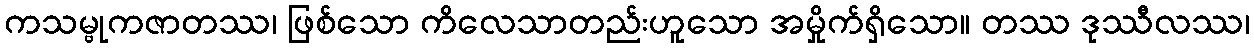
ကသမ္ဗုကဇာတဿ၊ ဖြစ်သော ကိလေသာတည်းဟူသော အမှိုက်ရှိသော။ တဿ ဒုဿီလဿ၊